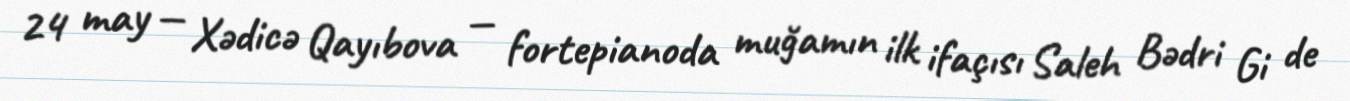
24 may — Xədicə Qayıbova — fortepianoda muğamın ilk ifaçısı Saleh Bədri Gi de